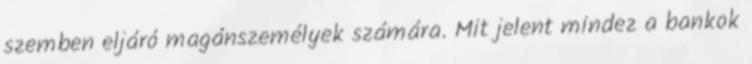
szemben eljáró magánszemélyek számára. Mit jelent mindez a bankok